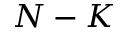
N - K